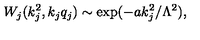
W _ { j } ( k _ { j } ^ { 2 } , k _ { j } q _ { j } ) \sim \exp ( - a k _ { j } ^ { 2 } / \Lambda ^ { 2 } ) ,